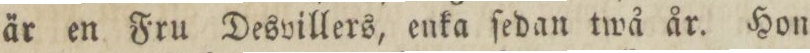
är en Fru Desvillers, enka ſedan twå år. Hon